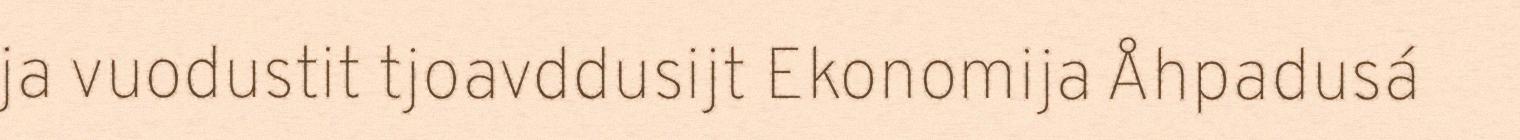
ja vuodustit tjoavddusijt Ekonomija Åhpadusá